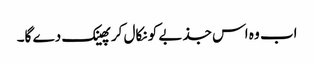
اب وہ اس جذبے کو نکال کر پھینک دے گا۔